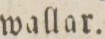
wallar.